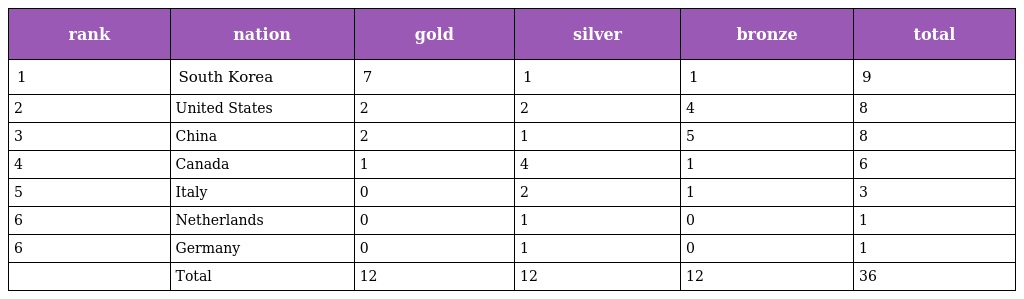
| rank | nation | gold | silver | bronze | total |
 | --- | --- | --- | --- | --- | --- |
 | 1 | South Korea | 7 | 1 | 1 | 9 |
 | 2 | United States | 2 | 2 | 4 | 8 |
 | 3 | China | 2 | 1 | 5 | 8 |
 | 4 | Canada | 1 | 4 | 1 | 6 |
 | 5 | Italy | 0 | 2 | 1 | 3 |
 | 6 | Netherlands | 0 | 1 | 0 | 1 |
 | 6 | Germany | 0 | 1 | 0 | 1 |
 |  | Total | 12 | 12 | 12 | 36 |